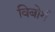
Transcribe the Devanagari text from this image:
विबोर्ग